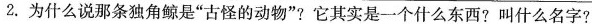
2.为什么说那条独角鲸是”古怪的动物”?它其实是一个什么东西?叫什么名字?